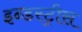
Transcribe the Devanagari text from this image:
इन्डस्ट्रीस